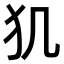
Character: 𤜝